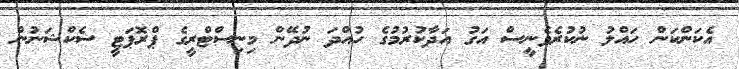
އެކަންކަން ހައްލު ނުކުރެވެނީސް އަގު އަދާކުރުމުގެ ހުއްދަ ނުދޭން މިނިސްޓްރީގެ ޕްރޮޕަޓީ ސެކްޝަނުން